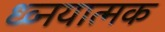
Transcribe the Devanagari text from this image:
ध्व्नयात्मक